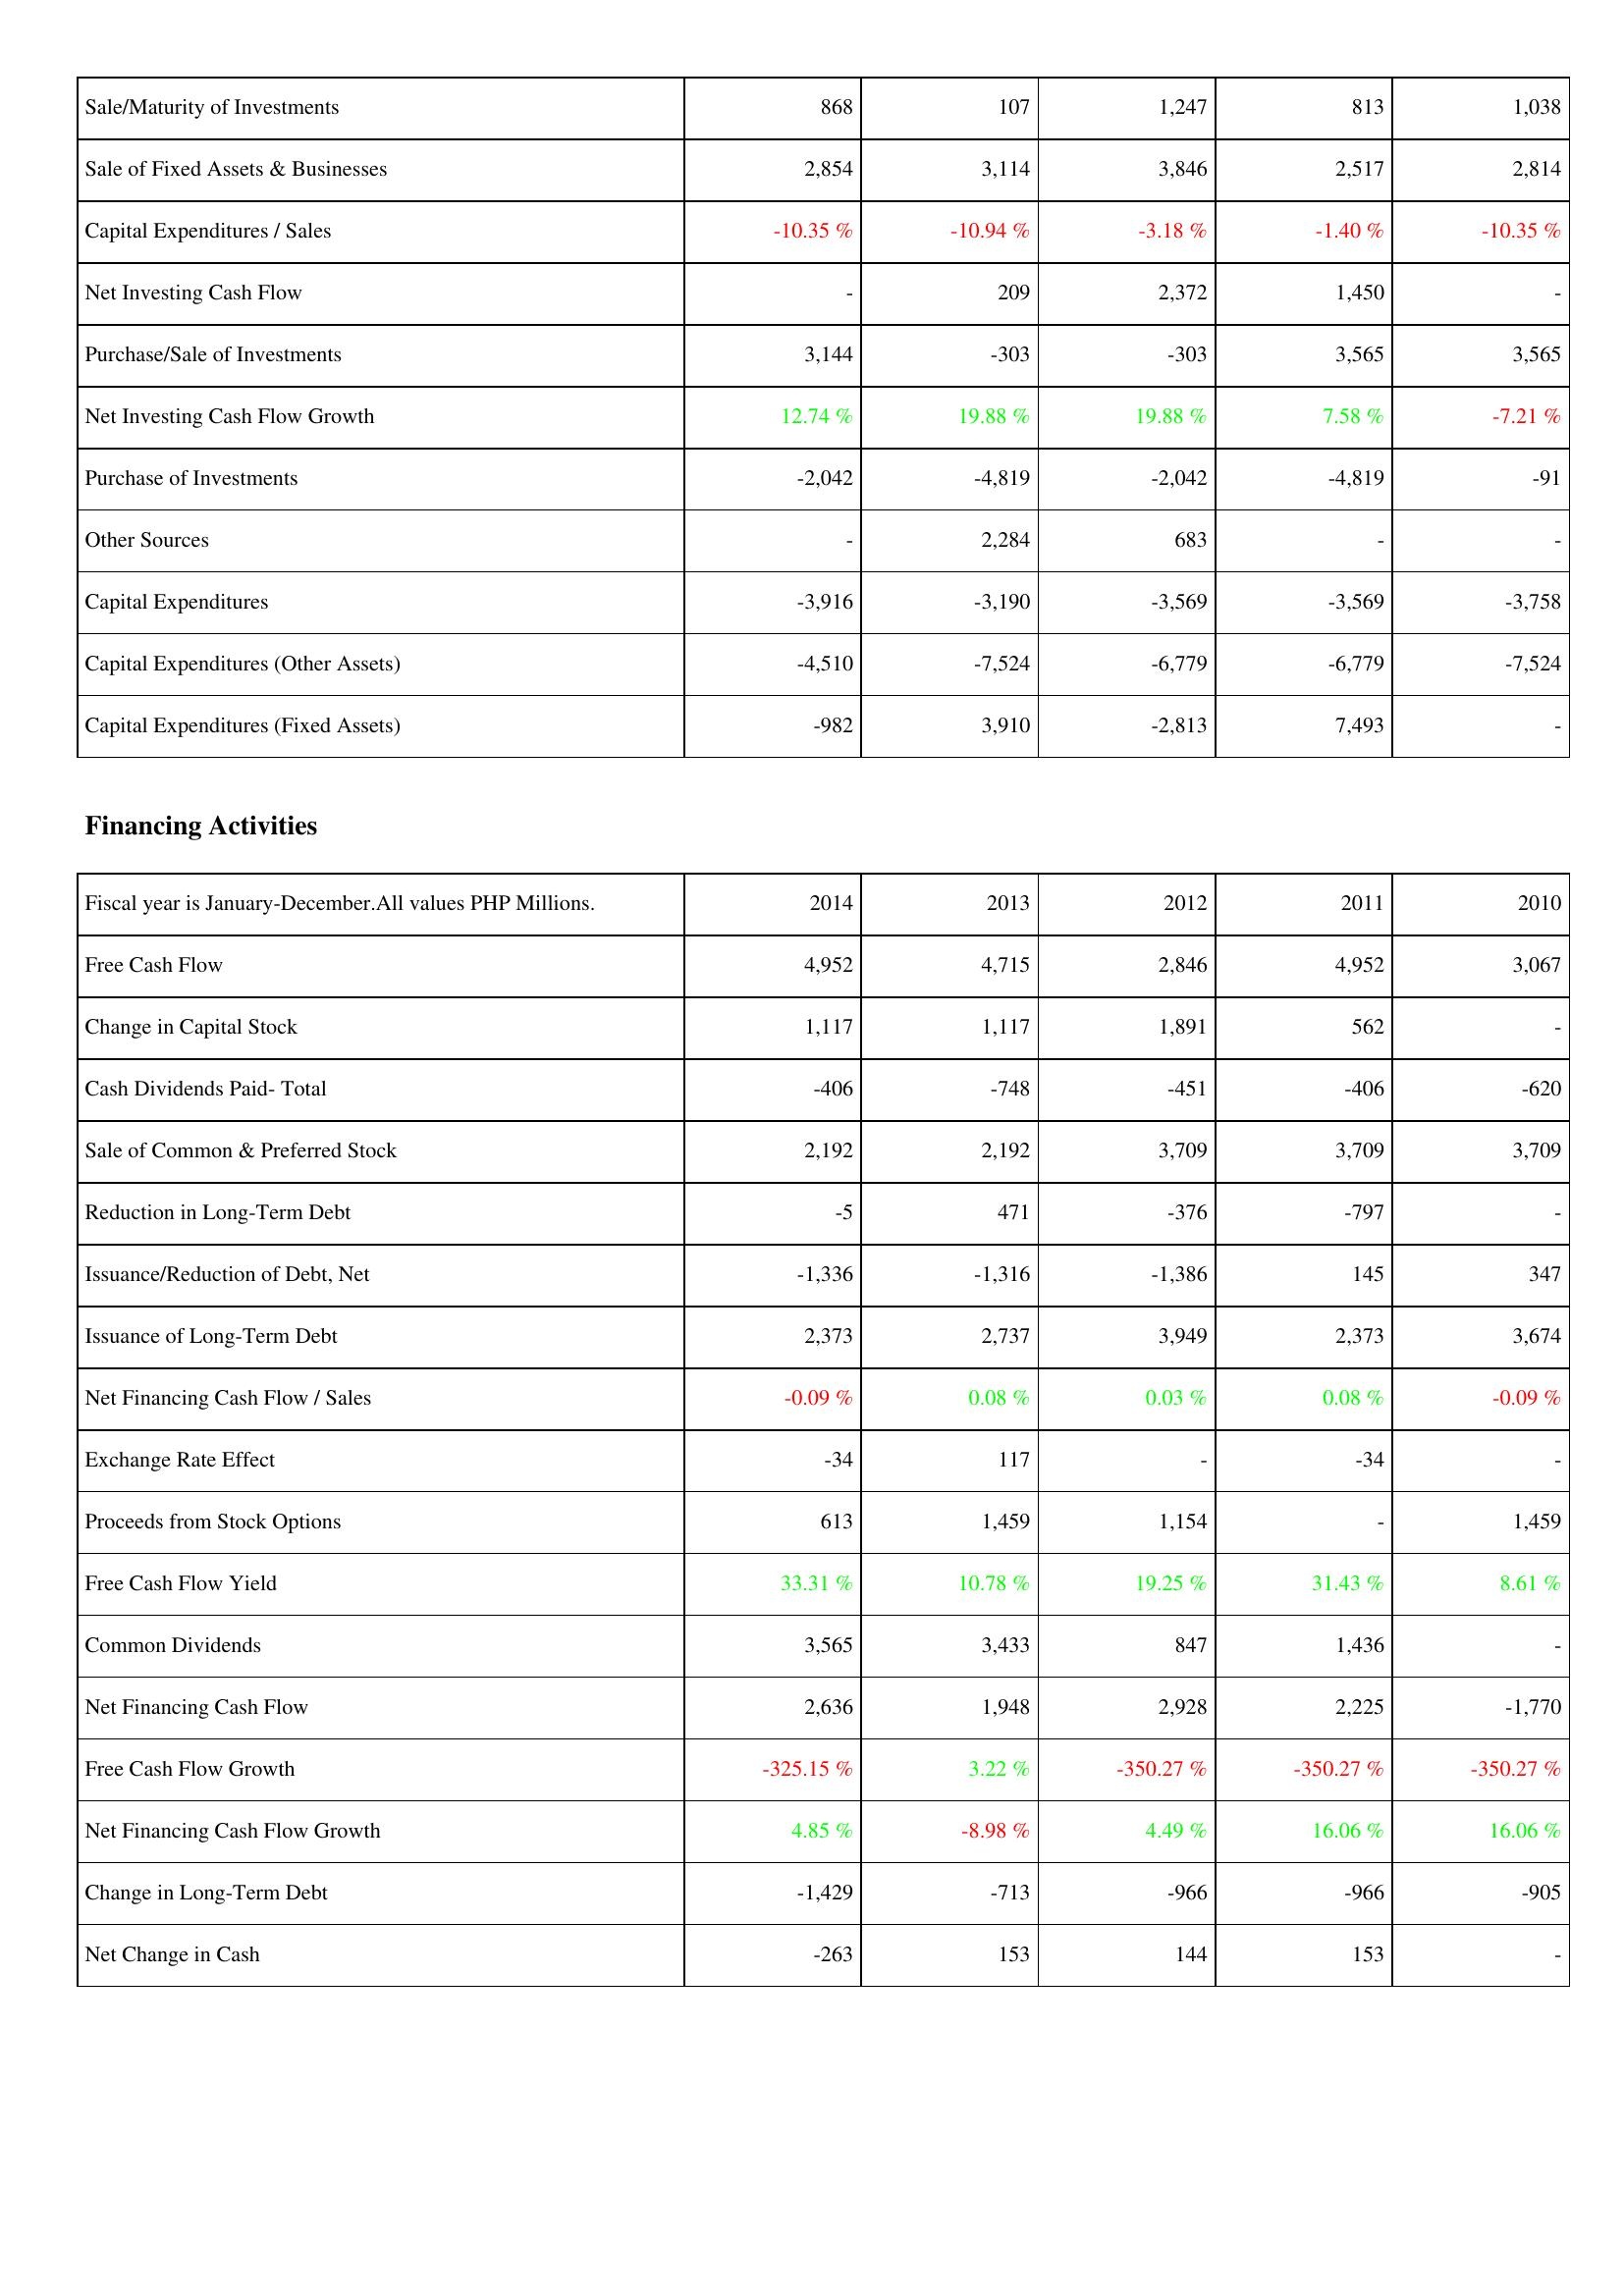
2014: Investing Activities: Sale/Maturity of Investments: 868
Sale of Fixed Assets & Businesses: 2,854
Capital Expenditures / Sales: -10.35 %
Net Investing Cash Flow: -
Purchase/Sale of Investments: 3,144
Net Investing Cash Flow Growth: 12.74 %
Purchase of Investments: -2,042
Other Sources: -
Capital Expenditures: -3,916
Capital Expenditures (Other Assets): -4,510
Capital Expenditures (Fixed Assets): -982
Financing Activities: Free Cash Flow: 4,952
Change in Capital Stock: 1,117
Cash Dividends Paid- Total: -406
Sale of Common & Preferred Stock: 2,192
Reduction in Long-Term Debt: -5
Issuance/Reduction of Debt, Net: -1,336
Issuance of Long-Term Debt: 2,373
Net Financing Cash Flow / Sales: -0.09 %
Exchange Rate Effect: -34
Proceeds from Stock Options: 613
Free Cash Flow Yield: 33.31 %
Common Dividends: 3,565
Net Financing Cash Flow: 2,636
Free Cash Flow Growth: -325.15 %
Net Financing Cash Flow Growth: 4.85 %
Change in Long-Term Debt: -1,429
Net Change in Cash: -263
2013: Investing Activities: Sale/Maturity of Investments: 107
Sale of Fixed Assets & Businesses: 3,114
Capital Expenditures / Sales: -10.94 %
Net Investing Cash Flow: 209
Purchase/Sale of Investments: -303
Net Investing Cash Flow Growth: 19.88 %
Purchase of Investments: -4,819
Other Sources: 2,284
Capital Expenditures: -3,190
Capital Expenditures (Other Assets): -7,524
Capital Expenditures (Fixed Assets): 3,910
Financing Activities: Free Cash Flow: 4,715
Change in Capital Stock: 1,117
Cash Dividends Paid- Total: -748
Sale of Common & Preferred Stock: 2,192
Reduction in Long-Term Debt: 471
Issuance/Reduction of Debt, Net: -1,316
Issuance of Long-Term Debt: 2,737
Net Financing Cash Flow / Sales: 0.08 %
Exchange Rate Effect: 117
Proceeds from Stock Options: 1,459
Free Cash Flow Yield: 10.78 %
Common Dividends: 3,433
Net Financing Cash Flow: 1,948
Free Cash Flow Growth: 3.22 %
Net Financing Cash Flow Growth: -8.98 %
Change in Long-Term Debt: -713
Net Change in Cash: 153
2012: Investing Activities: Sale/Maturity of Investments: 1,247
Sale of Fixed Assets & Businesses: 3,846
Capital Expenditures / Sales: -3.18 %
Net Investing Cash Flow: 2,372
Purchase/Sale of Investments: -303
Net Investing Cash Flow Growth: 19.88 %
Purchase of Investments: -2,042
Other Sources: 683
Capital Expenditures: -3,569
Capital Expenditures (Other Assets): -6,779
Capital Expenditures (Fixed Assets): -2,813
Financing Activities: Free Cash Flow: 2,846
Change in Capital Stock: 1,891
Cash Dividends Paid- Total: -451
Sale of Common & Preferred Stock: 3,709
Reduction in Long-Term Debt: -376
Issuance/Reduction of Debt, Net: -1,386
Issuance of Long-Term Debt: 3,949
Net Financing Cash Flow / Sales: 0.03 %
Exchange Rate Effect: -
Proceeds from Stock Options: 1,154
Free Cash Flow Yield: 19.25 %
Common Dividends: 847
Net Financing Cash Flow: 2,928
Free Cash Flow Growth: -350.27 %
Net Financing Cash Flow Growth: 4.49 %
Change in Long-Term Debt: -966
Net Change in Cash: 144
2011: Investing Activities: Sale/Maturity of Investments: 813
Sale of Fixed Assets & Businesses: 2,517
Capital Expenditures / Sales: -1.40 %
Net Investing Cash Flow: 1,450
Purchase/Sale of Investments: 3,565
Net Investing Cash Flow Growth: 7.58 %
Purchase of Investments: -4,819
Other Sources: -
Capital Expenditures: -3,569
Capital Expenditures (Other Assets): -6,779
Capital Expenditures (Fixed Assets): 7,493
Financing Activities: Free Cash Flow: 4,952
Change in Capital Stock: 562
Cash Dividends Paid- Total: -406
Sale of Common & Preferred Stock: 3,709
Reduction in Long-Term Debt: -797
Issuance/Reduction of Debt, Net: 145
Issuance of Long-Term Debt: 2,373
Net Financing Cash Flow / Sales: 0.08 %
Exchange Rate Effect: -34
Proceeds from Stock Options: -
Free Cash Flow Yield: 31.43 %
Common Dividends: 1,436
Net Financing Cash Flow: 2,225
Free Cash Flow Growth: -350.27 %
Net Financing Cash Flow Growth: 16.06 %
Change in Long-Term Debt: -966
Net Change in Cash: 153
2010: Investing Activities: Sale/Maturity of Investments: 1,038
Sale of Fixed Assets & Businesses: 2,814
Capital Expenditures / Sales: -10.35 %
Net Investing Cash Flow: -
Purchase/Sale of Investments: 3,565
Net Investing Cash Flow Growth: -7.21 %
Purchase of Investments: -91
Other Sources: -
Capital Expenditures: -3,758
Capital Expenditures (Other Assets): -7,524
Capital Expenditures (Fixed Assets): -
Financing Activities: Free Cash Flow: 3,067
Change in Capital Stock: -
Cash Dividends Paid- Total: -620
Sale of Common & Preferred Stock: 3,709
Reduction in Long-Term Debt: -
Issuance/Reduction of Debt, Net: 347
Issuance of Long-Term Debt: 3,674
Net Financing Cash Flow / Sales: -0.09 %
Exchange Rate Effect: -
Proceeds from Stock Options: 1,459
Free Cash Flow Yield: 8.61 %
Common Dividends: -
Net Financing Cash Flow: -1,770
Free Cash Flow Growth: -350.27 %
Net Financing Cash Flow Growth: 16.06 %
Change in Long-Term Debt: -905
Net Change in Cash: -